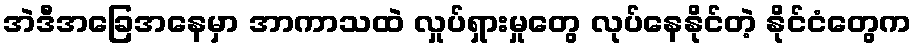
အဲဒီအခြေအနေမှာ အာကာသထဲ လှုပ်ရှားမှုတွေ လုပ်နေနိုင်တဲ့ နိုင်ငံတွေက